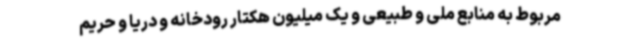
مربوط به منابع ملی و طبیعی و یک میلیون هکتار رودخانه و دریا و حریم